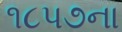
૧૮પ૭ના